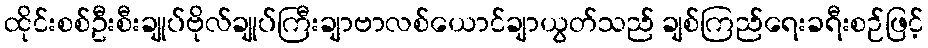
ထိုင်းစစ်ဦးစီးချုပ်ဗိုလ်ချုပ်ကြီးချာဗာလစ်ယောင်ချာယွတ်သည် ချစ်ကြည်ရေးခရီးစဉ်ဖြင့်